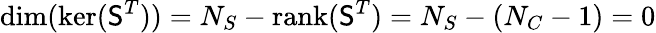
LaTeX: \mathrm{dim}(\mathrm{ker}({\mathsf S}^{T}))=N_{S}-\mathrm{rank}({\mathsf S}^{T})=N_{S}-(N_{C}-1)=0